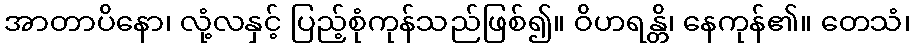
အာတာပိနော၊ လုံ့လနှင့် ပြည့်စုံကုန်သည်ဖြစ်၍။ ဝိဟရန္တိ၊ နေကုန်၏။ တေသံ၊